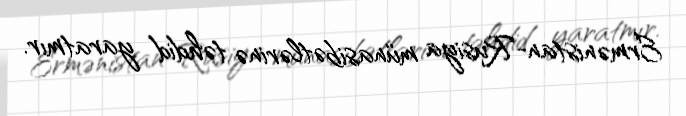
Ermənistan-Rusiya münasibətlərinə təhdid yaratmır.